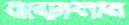
মাড়ালাম